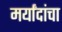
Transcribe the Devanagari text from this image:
मर्यांदांचा